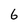
Character: 6